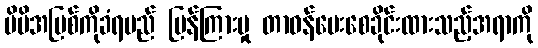
မိမိအပြစ်ကိုခံရမည် ပြန်ကြားမှု တာဝန်ပေးစေခိုင်းထားသည့်အရာကို